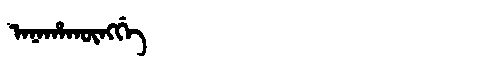
Manchu: ᠠᠨᠠᡥᠠᡴᡡᠩᡤᡝ
Romanization: ANAHAKŪNGGE